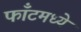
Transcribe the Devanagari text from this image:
फाँटमध्ये